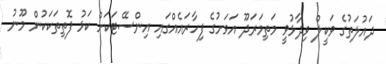
ދައުލަތުގެ ވަކީލް ވިދާޅުވީ މަތިމަރަދޫ އަވަށުގެ ފިހާރައެއްގައި އިންސޭޓަކަށް ކަޅު ފޮތިތަކަކުން މޫނު